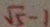
\sqrt { 5 } - 1